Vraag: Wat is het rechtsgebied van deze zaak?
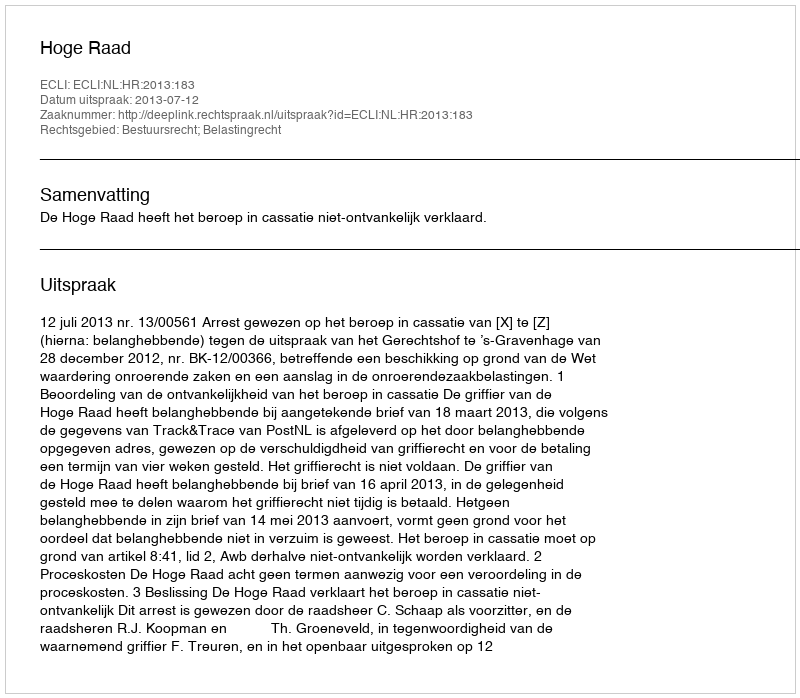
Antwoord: Bestuursrecht; Belastingrecht